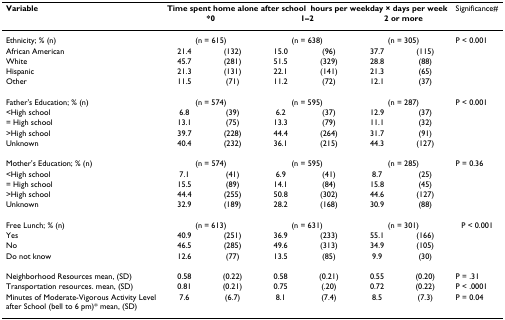
<table><thead><tr><td><b>Variable</b></td><td colspan="6"><b>Time spent home alone after schoolhours per weekday × days per week</b></td><td><b>Significance#</b></td></tr><tr><td></td><td colspan="2"><b>*0</b></td><td colspan="2"><b>1–2</b></td><td colspan="2"><b>2 or more</b></td><td></td></tr></thead><tbody><tr><td>Ethnicity; % (n)</td><td colspan="2">(n = 615)</td><td colspan="2">(n = 638)</td><td colspan="2">(n = 305)</td><td>P &lt; 0.001</td></tr><tr><td>African American</td><td>21.4</td><td>(132)</td><td>15.0</td><td>(96)</td><td>37.7</td><td>(115)</td><td></td></tr><tr><td>White</td><td>45.7</td><td>(281)</td><td>51.5</td><td>(329)</td><td>28.8</td><td>(88)</td><td></td></tr><tr><td>Hispanic</td><td>21.3</td><td>(131)</td><td>22.1</td><td>(141)</td><td>21.3</td><td>(65)</td><td></td></tr><tr><td>Other</td><td>11.5</td><td>(71)</td><td>11.2</td><td>(72)</td><td>12.1</td><td>(37)</td><td></td></tr><tr><td>Father&#x27;s Education; % (n)</td><td colspan="2">(n = 574)</td><td colspan="2">(n = 595)</td><td colspan="2">(n = 287)</td><td>P &lt; 0.001</td></tr><tr><td>&lt;High school</td><td>6.8</td><td>(39)</td><td>6.2</td><td>(37)</td><td>12.9</td><td>(37)</td><td></td></tr><tr><td>= High school</td><td>13.1</td><td>(75)</td><td>13.3</td><td>(79)</td><td>11.1</td><td>(32)</td><td></td></tr><tr><td>&gt;High school</td><td>39.7</td><td>(228)</td><td>44.4</td><td>(264)</td><td>31.7</td><td>(91)</td><td></td></tr><tr><td>Unknown</td><td>40.4</td><td>(232)</td><td>36.1</td><td>(215)</td><td>44.3</td><td>(127)</td><td></td></tr><tr><td>Mother&#x27;s Education; % (n)</td><td colspan="2">(n = 574)</td><td colspan="2">(n = 595)</td><td colspan="2">(n = 285)</td><td>P = 0.36</td></tr><tr><td>&lt;High school</td><td>7.1</td><td>(41)</td><td>6.9</td><td>(41)</td><td>8.7</td><td>(25)</td><td></td></tr><tr><td>= High school</td><td>15.5</td><td>(89)</td><td>14.1</td><td>(84)</td><td>15.8</td><td>(45)</td><td></td></tr><tr><td>&gt;High school</td><td>44.4</td><td>(255)</td><td>50.8</td><td>(302)</td><td>44.6</td><td>(127)</td><td></td></tr><tr><td>Unknown</td><td>32.9</td><td>(189)</td><td>28.2</td><td>(168)</td><td>30.9</td><td>(88)</td><td></td></tr><tr><td>Free Lunch; % (n)</td><td colspan="2">(n = 613)</td><td colspan="2">(n = 631)</td><td colspan="2">(n = 301)</td><td>P &lt; 0.001</td></tr><tr><td>Yes</td><td>40.9</td><td>(251)</td><td>36.9</td><td>(233)</td><td>55.1</td><td>(166)</td><td></td></tr><tr><td>No</td><td>46.5</td><td>(285)</td><td>49.6</td><td>(313)</td><td>34.9</td><td>(105)</td><td></td></tr><tr><td>Do not know</td><td>12.6</td><td>(77)</td><td>13.5</td><td>(85)</td><td>9.9</td><td>(30)</td><td></td></tr><tr><td>Neighborhood Resources mean, (SD)</td><td>0.58</td><td>(0.22)</td><td>0.58</td><td>(0.21)</td><td>0.55</td><td>(0.20)</td><td>P = .31</td></tr><tr><td>Transportation resources. mean, (SD)</td><td>0.81</td><td>(0.21)</td><td>0.75</td><td>(.20)</td><td>0.72</td><td>(0.22)</td><td>P &lt; .0001</td></tr><tr><td>Minutes of Moderate-Vigorous Activity Level after School (bell to 6 pm)* mean, (SD)</td><td>7.6</td><td>(6.7)</td><td>8.1</td><td>(7.4)</td><td>8.5</td><td>(7.3)</td><td>P = 0.04</td></tr></tbody></table>